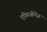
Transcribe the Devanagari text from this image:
एस्पिओनेज़